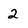
Character: 2